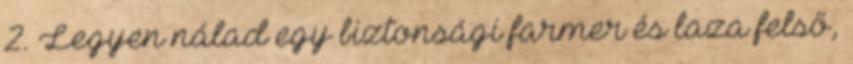
2. Legyen nálad egy biztonsági farmer és laza felső,